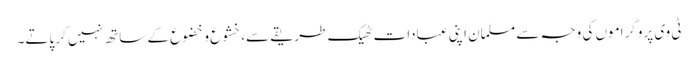
ٹی وی پروگراموں کی وجہ سے مسلمان اپنی عبادات ٹھیک طریقے سے،خشوع و خضوع کے ساتھ نہیں کر پاتے۔